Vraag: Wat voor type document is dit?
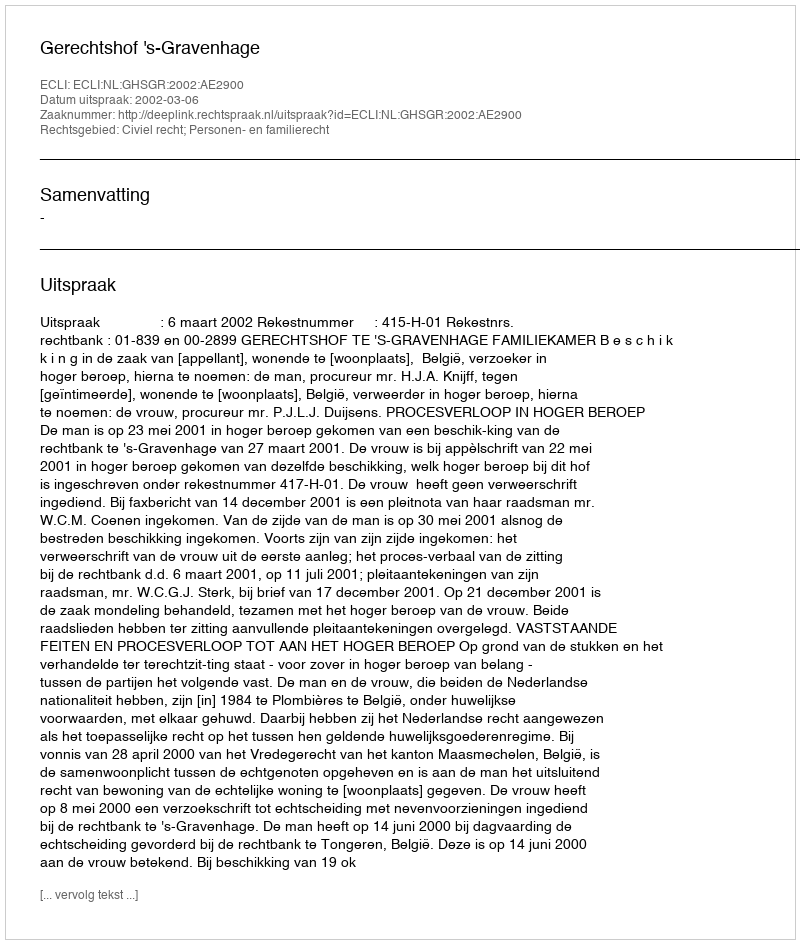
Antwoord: Uitspraak